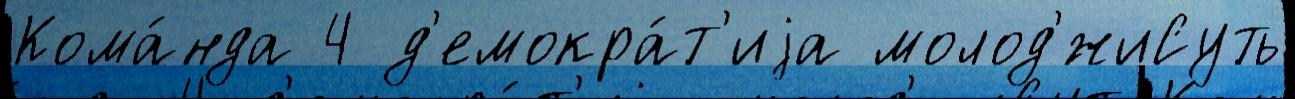
Кома́нда 4 д'емокра́т'иjа молод'́жиСуть